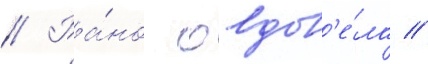
// Ра́но овдов'е́ла /